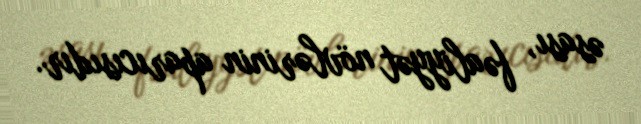
əsası, fəaliyyət növlərinin aparıcısıdır.